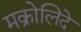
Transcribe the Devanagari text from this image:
मक्रोलिदे